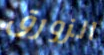
الزورق